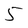
Character: 5